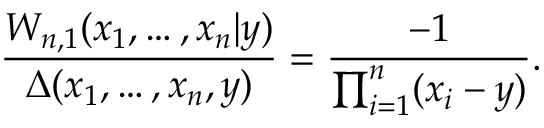
\frac { W _ { n , 1 } ( x _ { 1 } , \ldots , x _ { n } | y ) } { \Delta ( x _ { 1 } , \ldots , x _ { n } , y ) } = \frac { - 1 } { \prod _ { i = 1 } ^ { n } ( x _ { i } - y ) } .